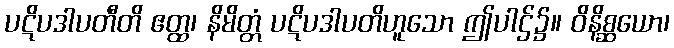
ပဋိပဒါပတီတိ ဧတ္ထ၊ နိမိတ္တံ ပဋိပဒါပတိဟူသော ဤပါဌ်၌။ ဝိနိစ္ဆယော၊